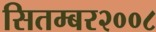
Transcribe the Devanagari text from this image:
सितम्बर२००८